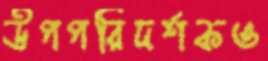
উপপরিদর্শকও